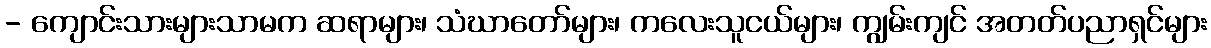
- ကျောင်းသားများသာမက ဆရာများ၊ သံဃာတော်များ၊ ကလေးသူငယ်များ၊ ကျွမ်းကျင် အတတ်ပညာရှင်များ